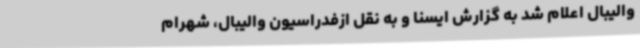
والیبال اعلام شد به گزارش ایسنا و به نقل ازفدراسیون والیبال، شهرام